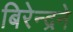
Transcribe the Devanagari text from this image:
बिरेन्द्रने